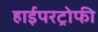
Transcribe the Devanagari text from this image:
हाईपरट्रोफी